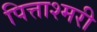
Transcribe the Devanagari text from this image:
पित्ताश्मरी